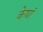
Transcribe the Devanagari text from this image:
केषां